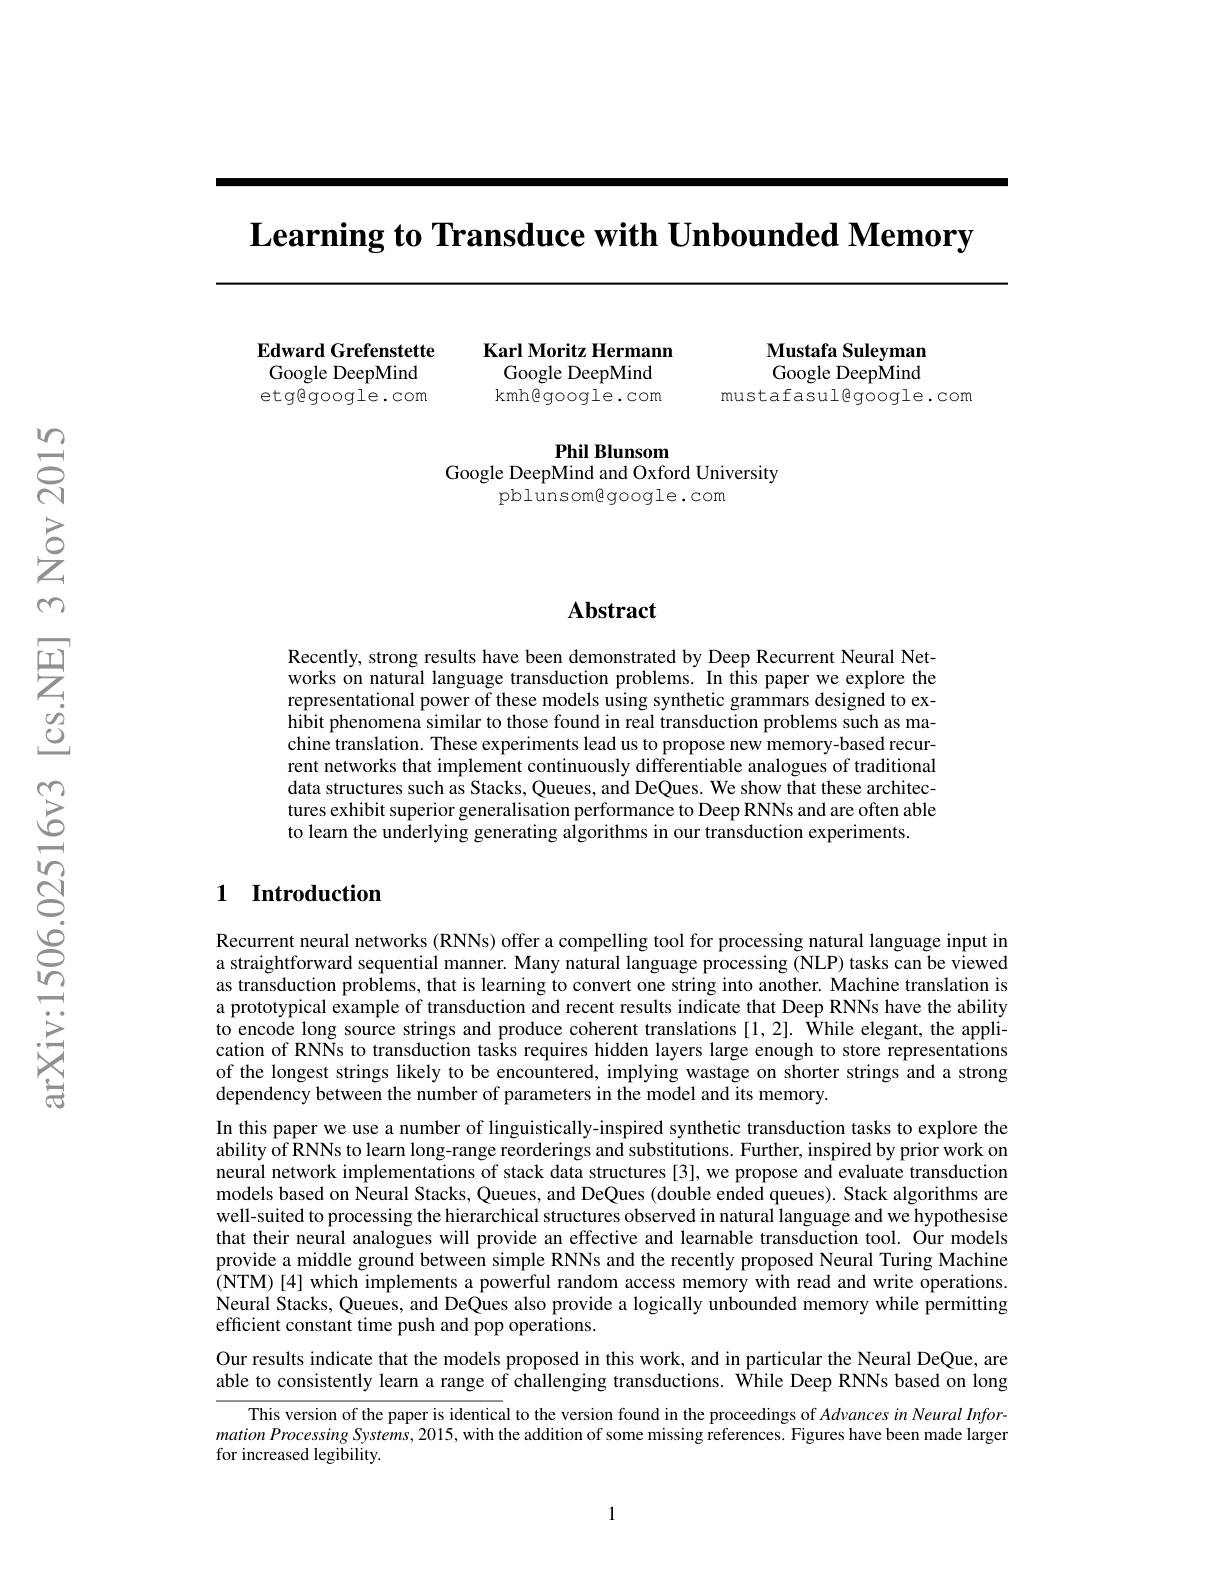
$\textbf{Learning to Transduce with Unbounded Memory}$

Edward Grefenstette Google DeepMind etggoogle.com

Karl Moritz Hermann

Mustafa Suleyman Google DeepMind
mustafasulegoogle.com

Google DeepMind

kmh@google.com

Phil Blunsom
Google DeepMind and Oxford University
pblunsomegoogle.com

## Abstract

Recently, strong results have been demonstrated by Deep Recurrent Neural Networks on natural language transduction problems. In this paper we explore the representational power of these models using synthetic grammars designed to exhibit phenomena similar to those found in real transduction problems such as machine translation. These experiments lead us to propose new memory-based recurrent networks that implement continuously differentiable analogues of traditional data structures such as Stacks, Queues, and DeQues. We show that these architectures exhibit superior generalisation performance to Deep RNNs and are often able to learn the underlying generating algorithms in our transduction experiments

### 1 Introduction

Recurrent neural networks (RNNs) offer a compelling tool for processing natural language input in a straightforward sequential manner. Many natural language processing (NLP) tasks can be viewed as transduction problems, that is learning to convert one string into another. Machine translation is a prototypical example of transduction and recent results indicate that Deep RNNs have the ability to encode long source strings and produce coherent translations [1,2]. While elegant, the application of RNNs to transduction tasks requires hidden layers large enough to store representations of the longest strings likely to be encountered, implying wastage on shorter strings and a strong dependency between the number of parameters in the model and its memory.

In this paper we use a number of linguistically-inspired synthetic transduction tasks to explore the ability of RNNs to learn long-range reorderings and substitutions. Further, inspired by prior work on neural network implementations of stack data structures [3], we propose and evaluate transduction models based on Neural Stacks, Queues, and DeQues (double ended queues). Stack algorithms are well-suited to processing the hierarchical structures observed in natural language and we hypothesise that their neural analogues will provide an effective and learnable transduction tool. Our models provide a middle ground between simple RNNs and the recently proposed Neural Turing Machine (NTM)[4] which implements a powerful random access memory with read and write operations. Neural Stacks, Queues, and DeQues also provide a logically unbounded memory while permitting efficient constant time push and pop operations.
Our results indicate that the models proposed in this work, and in particular the Neural DeQue, are

able to consistently learn a range of challenging transductions. While Deep RNNs based on long

This version of the paper is identical to the version found in the proceedings of Advances in Neural InformationProcessing Systems, 2015, with the addition of some missing references. Figures have been made larger for increased legibility.

1